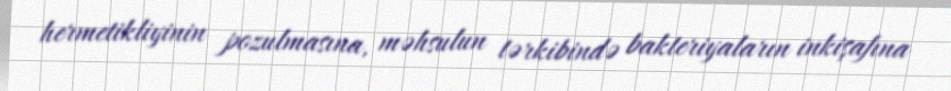
hermetikliyinin pozulmasına, məhsulun tərkibində bakteriyaların inkişafına